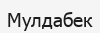
Мулдабек